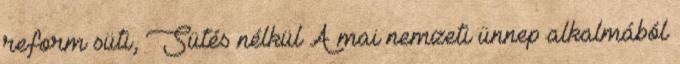
reform süti, Sütés nélkül A mai nemzeti ünnep alkalmából